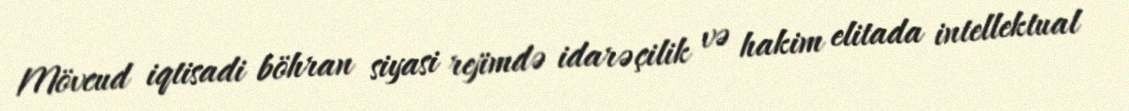
Mövcud iqtisadi böhran siyasi rejimdə idarəçilik və hakim elitada intellektual